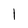
Character: l